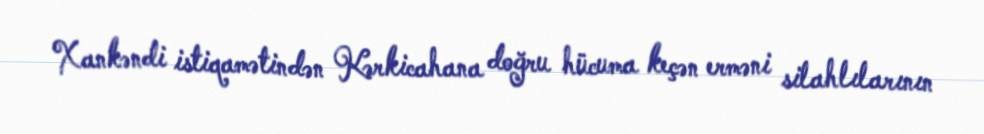
Xankəndi istiqamətindən Kərkicahana doğru hücuma keçən erməni silahlılarının